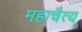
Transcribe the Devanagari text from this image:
महाचैत्य